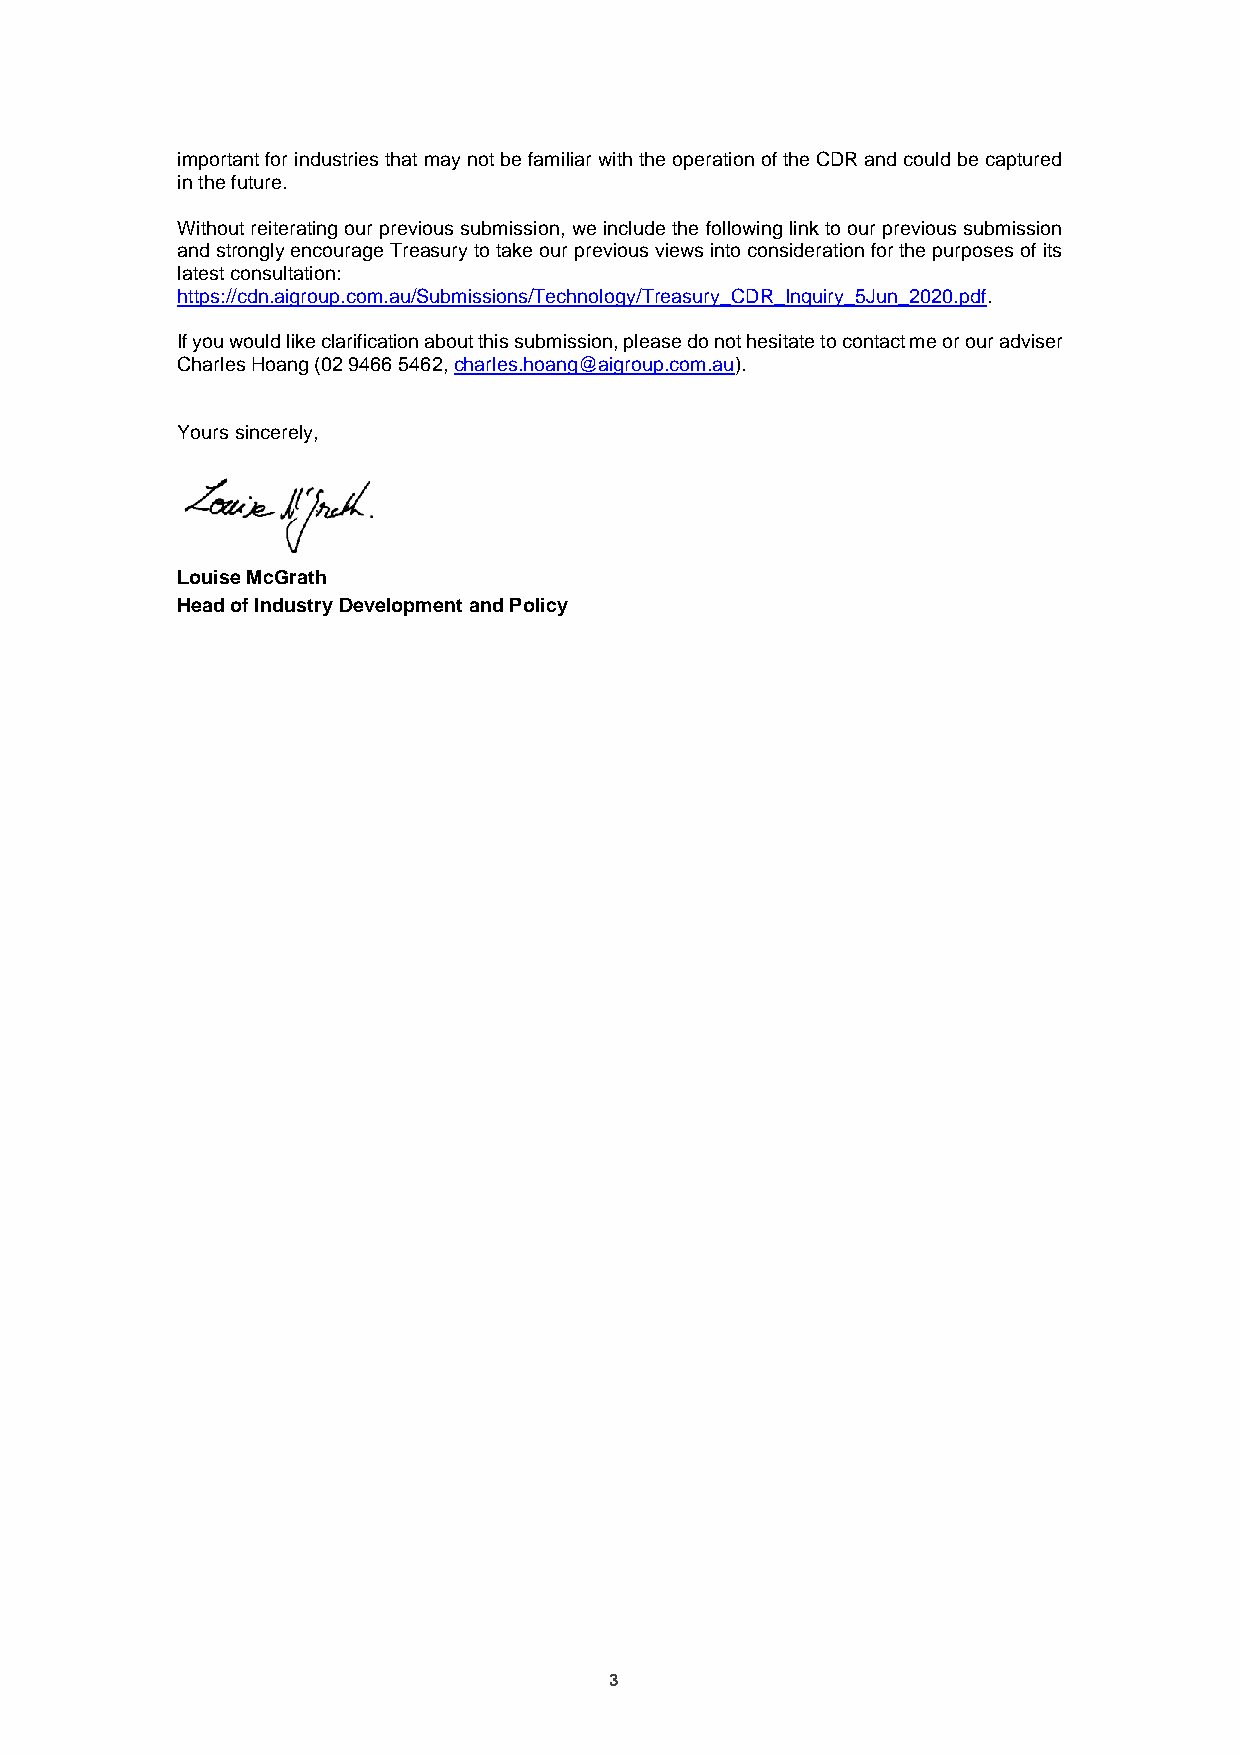
important for industries that may not be familiar with the operation of the CDR and could be captured
 in the future.
 Without reiterating our previous submission, we include the following link to our previous submission
 and strongly encourage Treasury to take our previous views into consideration for the purposes of its
 latest consultation:
 https://cdn.aigroup.com.au/Submissions/Technology/Treasury_CDR_Inquiry_5Jun_2020.pdf.
 If you would like clarification about this submission, please do not hesitate to contact me or our adviser
 Charles Hoang (02 9466 5462, charles.hoang@aigroup.com.au).
 Yours sincerely,
 Louise McGrath
 Head of Industry Development and Policy
 3